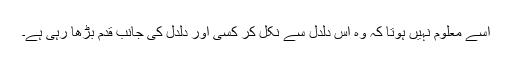
اسے معلوم نہیں ہوتا کہ وہ اس دلدل سے نکل کر کسی اور دلدل کی جانب قدم بڑھا رہی ہے۔